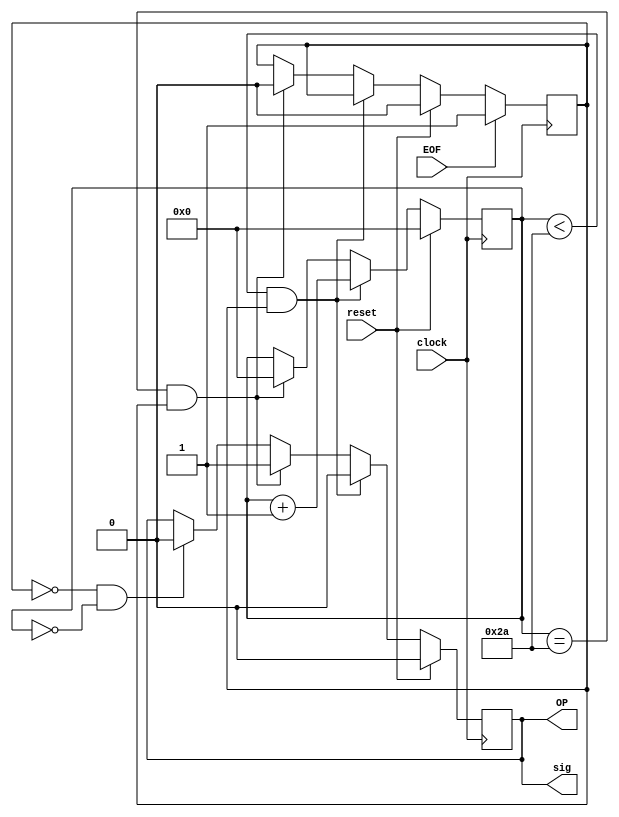
module EOF_reg(clock,reset,EOF,OP,sig);

input EOF;
input clock;
input reset;
output sig;

reg [5:0] count;
output    OP;
reg       OP;
reg       OPCheck;
wire	  sig;

always@(posedge clock)
begin
	if(reset)
	begin
		count <= 6'b0;
		OP <= 1'b0;
		OPCheck <= 1'b0;
	end
	else if(count < 6'd42 && OPCheck)
	begin
		count <= count + 1'b1;
		OP <= 1'b0;
	end
	else if(count == 6'd42 && OPCheck)
	begin
		count <= 6'd0;
		OP <= 1'b1;
		OPCheck <= 1'b0;
	end
	else if(!OPCheck && count == 6'd0)
		OP <= 1'b0;
	if(EOF ==1'b1)
		OPCheck <= 1'b1;
end

assign sig = (OP == 1'b1);



endmodule